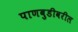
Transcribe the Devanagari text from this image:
पाणबुडीवरील